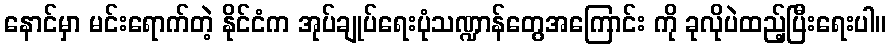
နောင်မှာ မင်းရောက်တဲ့ နိုင်ငံက အုပ်ချုပ်ရေးပုံသဏ္ဍာန်တွေအကြောင်း ကို ခုလိုပဲထည့်ပြီးရေးပါ။